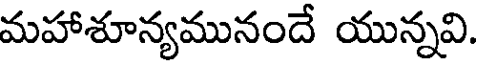
మహాశూన్యమునందే యున్నవి.